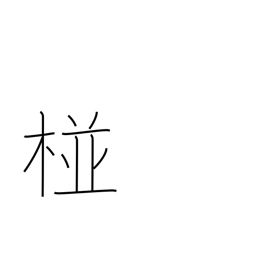
Meaning: name of a place in India